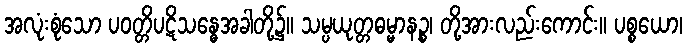
အလုံးစုံသော ပဝတ္တိပဋိသန္ဓေအခါတို့၌။ သမ္ပယုတ္တဓမ္မာနဉ္စ၊ တို့အားလည်းကောင်း။ ပစ္စယော၊